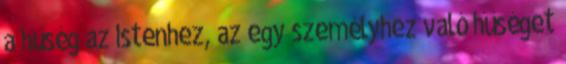
a hűség az Istenhez, az egy személyhez való hűséget